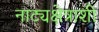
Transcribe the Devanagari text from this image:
नाट्यक्षेत्राशी